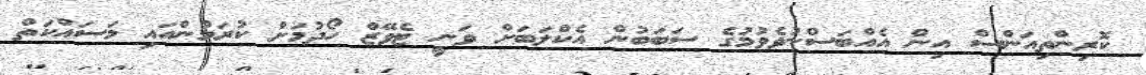
ކޮރިންތިއަންސް އިން އެއްބަސްނުވެވުމުގެ ސަބަބުން އެކްލަބަށް ވަނީ ޓެވޭޒް ހޯދުމަށް ކުރަމުންއައި މަސައްކަތް